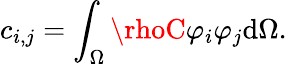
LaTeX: c_{i,j}=\int_{\Omega}\rhoC\varphi_{i}\varphi_{j}\mathrm{d}\Omega.